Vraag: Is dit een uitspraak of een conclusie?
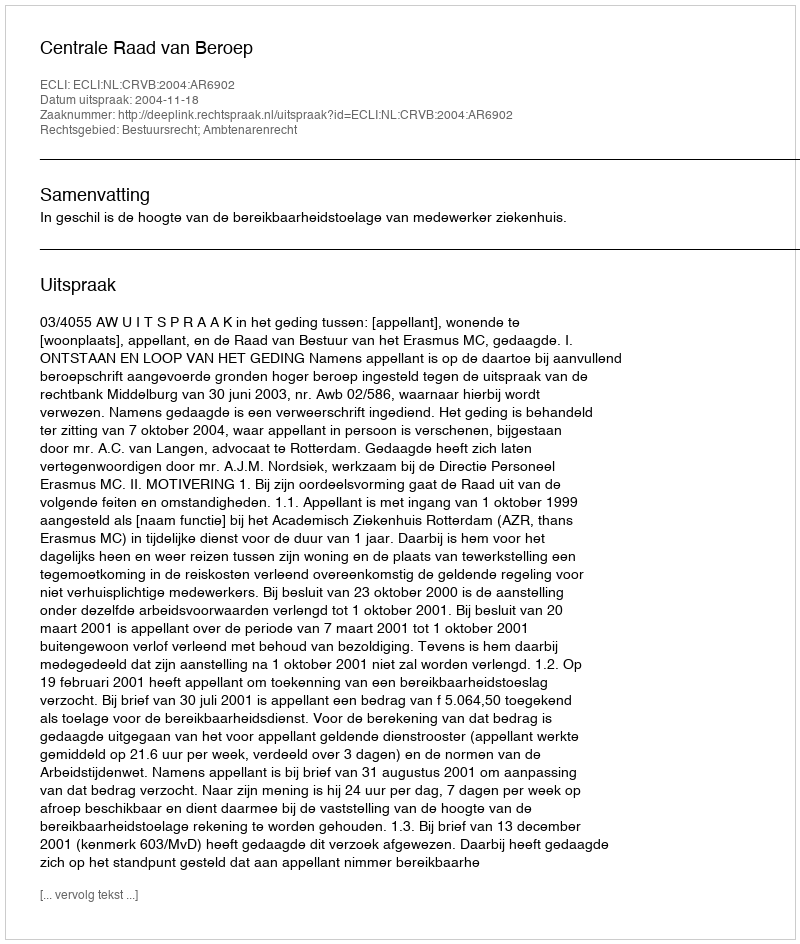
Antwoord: Uitspraak